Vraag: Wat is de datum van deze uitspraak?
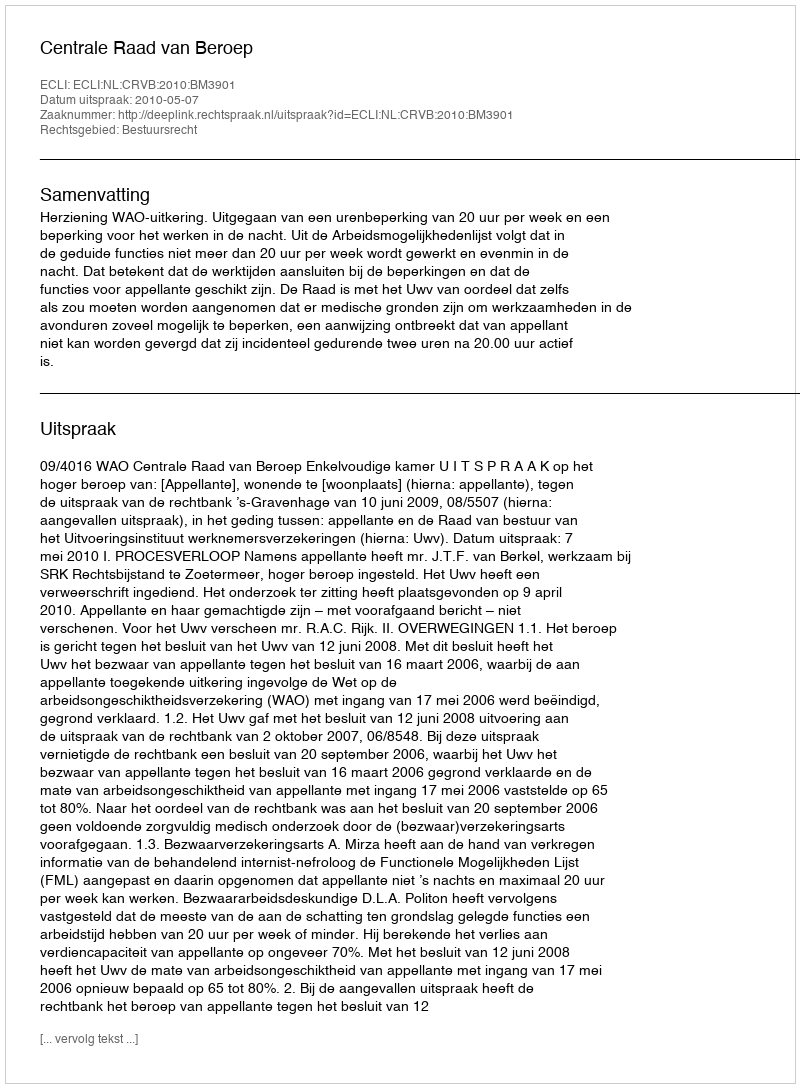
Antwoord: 2010-05-07